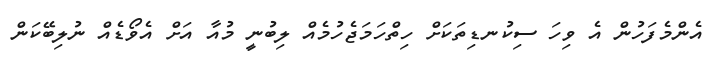
އެންމެފަހުން އެ ވިހަ ސިކުނޑިތަކަށް ހިތްހަމަޖެހުމެއް ލިބުނީ މުއާ އަށް އެވޯޑެއް ނުލިބޭކަން